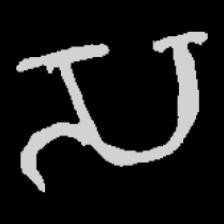
Pyu character \u2014 Myanmar letter: သ (romanized: sa)